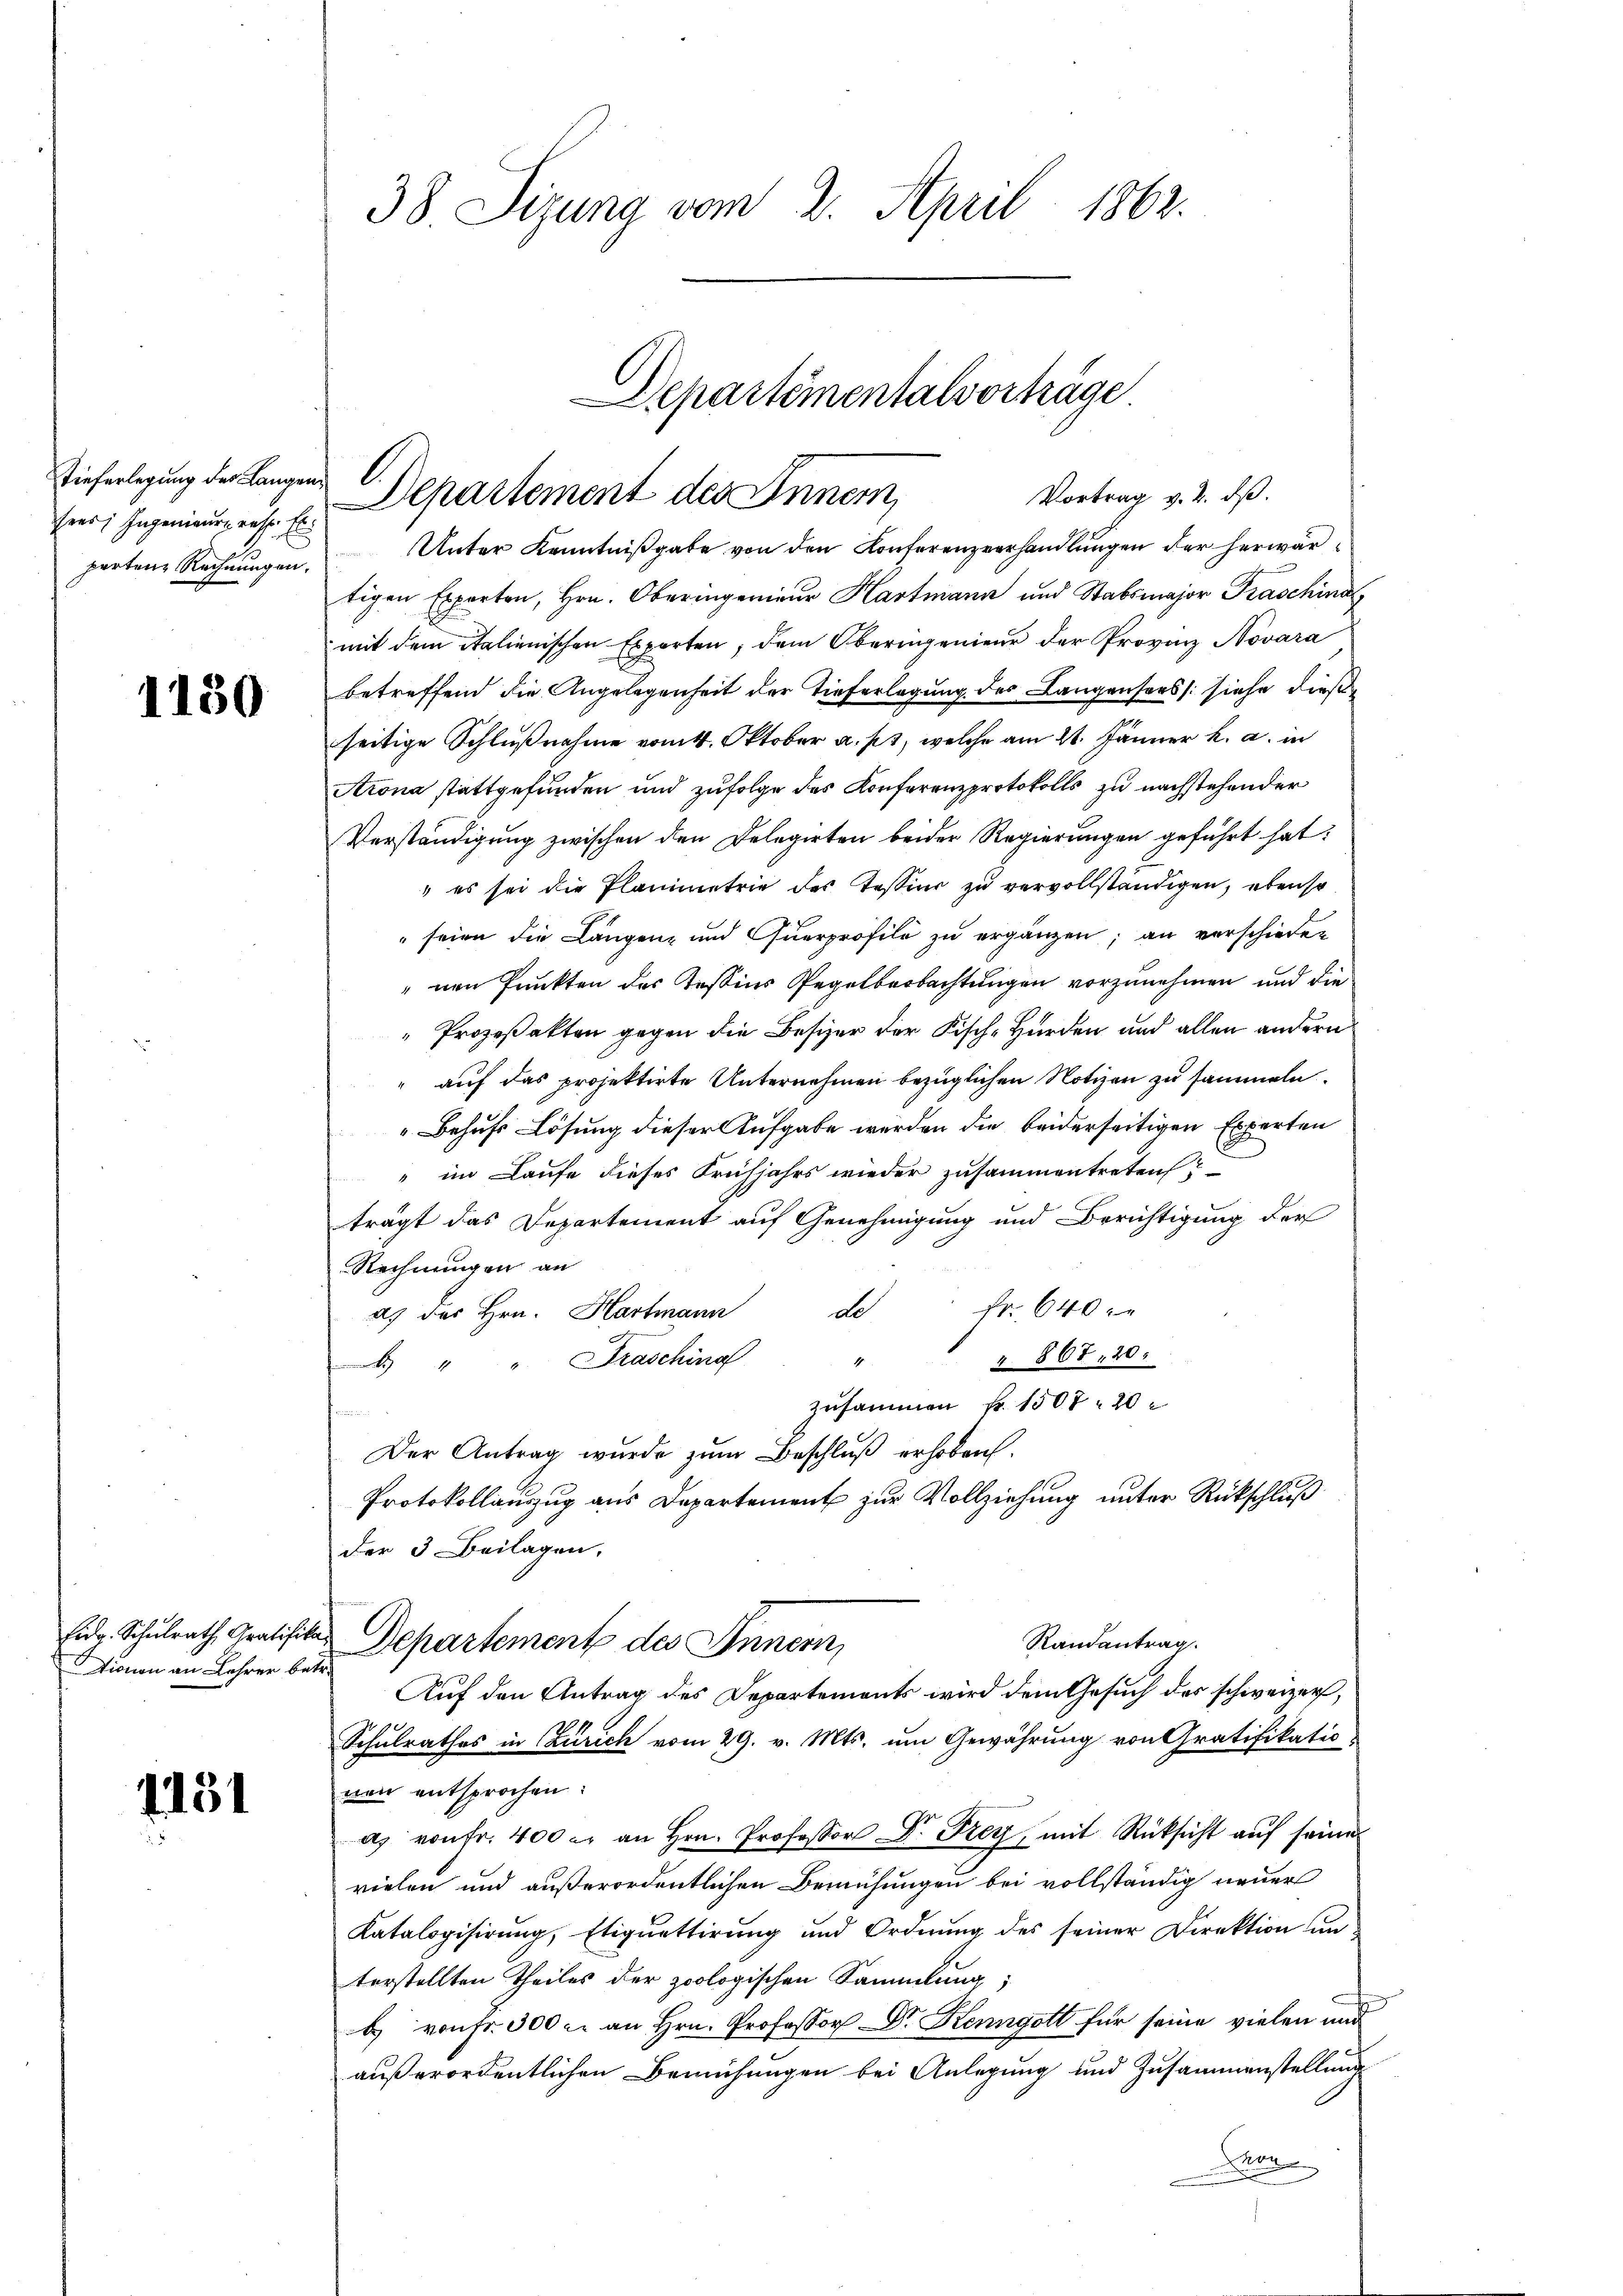
Tieferlegung des Langen,
sens, Ingenieurs resp. Es
parten Rechnungen.

1150

tionen an Lehrer betr.

1151

38 Sizung vom 2. April 1862.

Departementalvorträge
Vortrag v. 2. ds.
Departement des Innem

Unter Kenntnißgabe von den Konferenzverhandlungen der herwär
tigen Experten, Hrn. Oberingenieur Hartmann und Stabsmajor Kraschina
mit dem italienischen Exporten, dem Oberingenieur der Provinz Novara
betreffend die Angelegenheit der Tieferlegung des Langensers siehe diese
seitige Schlußnahme vom 4. Oktober a. p., welche am 21. Jänner k. a. in
Arona stattgefunden und zufolge des Konferenzprotokolls zu nachstehender
Verständigung zwischen den Delegirten beider Regierungen geführt hat:
 es sei die Planimetrie des Tessier zu vervollständigen, ebenso
 seien die Längen und Querprofile zu ergänzen; an verschieden
"nen Punkten des Tessins Regelbeobachtungen vorzunehmen und die
" Prozeßakten gegen die Besizer der Fisch-Hurden und allen andern
auf das projektirte Unternehmen bezüglichen Notizen zu sammeln.
" Behufs Lösung dieser Aufgabe werden die beiderseitigen Experten
" im Laufe dieses Frühjahrs wieder zusammentreten
trägt das Departement auf Genehmigung und Berichtigung der
Rechnungen an
d) des Hrn. Hartmann de fr. 640 x
2. 867, 20.
Fraschina
1
1
zusammen fr. 1507 20
frommen
Der Antrag wurde zum Beschluß erhoben.
Protokollauszug aus Departement zur Vollziehung unter Rückschluß
der 3 Beilagen.
Eidg. Schulrath Gratifikar Departement des Innern,
Randantrag
Auf den Antrag des Departements wird dem Gesuch des schweizer,
Schulrathes in Zürich vom 29. v. Mts. um Gewährung von Gratifikatio
nen entsprochen:
a. von fr. 400 er an Hrn. Professor Dr. Frey, mit Rücksicht auf seine
vielen und außerordentlichen Bemühungen bei vollständig neuer
Katalogisirung, Etiquettirung und Ordnŭng des seiner Direktion un
terstellten Theiles der zoologischen Sammlung;
b von fr. 300 c. an Hrn. Professor Dr Kenngott für seine vielen und
außerordentlichen Bemühungen bei Anlegung und Zusammenstellung
on